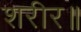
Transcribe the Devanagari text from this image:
शरीर॥